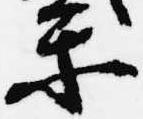
楽